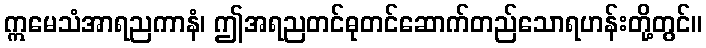
ဣမေသံအာရညကာနံ၊ ဤအရညတင်ဓုတင်ဆောက်တည်သောရဟန်းတို့တွင်။